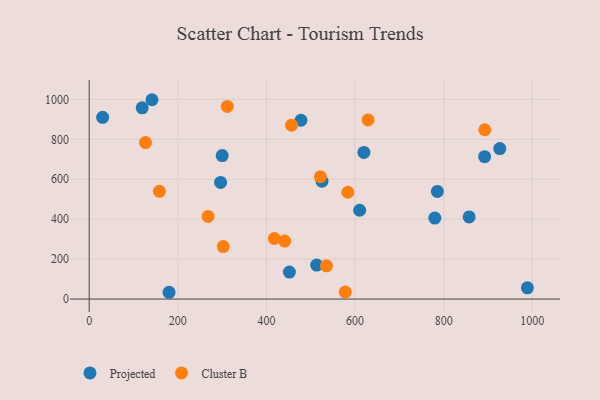
{"axis": {"x": "Speed", "y": "Rating"}, "legend": ["Cluster B", "Projected"], "data": [{"x": "477.9", "y": 895.3, "type": "Projected"}, {"x": "180.2", "y": 34.0, "type": "Projected"}, {"x": "30.3", "y": 910.2, "type": "Projected"}, {"x": "451.8", "y": 135.3, "type": "Projected"}, {"x": "619.9", "y": 734.2, "type": "Projected"}, {"x": "892.3", "y": 713.2, "type": "Projected"}, {"x": "857.4", "y": 411.2, "type": "Projected"}, {"x": "926.6", "y": 753.5, "type": "Projected"}, {"x": "779.9", "y": 405.5, "type": "Projected"}, {"x": "988.8", "y": 56.5, "type": "Projected"}, {"x": "141.7", "y": 998.2, "type": "Projected"}, {"x": "785.7", "y": 539.2, "type": "Projected"}, {"x": "300.1", "y": 718.3, "type": "Projected"}, {"x": "119.6", "y": 957.7, "type": "Projected"}, {"x": "525.3", "y": 590.3, "type": "Projected"}, {"x": "513.3", "y": 170.3, "type": "Projected"}, {"x": "610.4", "y": 444.7, "type": "Projected"}, {"x": "296.5", "y": 583.9, "type": "Projected"}, {"x": "892.7", "y": 847.8, "type": "Cluster B"}, {"x": "456.7", "y": 871.0, "type": "Cluster B"}, {"x": "535.4", "y": 166.2, "type": "Cluster B"}, {"x": "311.7", "y": 964.8, "type": "Cluster B"}, {"x": "127.1", "y": 783.7, "type": "Cluster B"}, {"x": "268.2", "y": 414.0, "type": "Cluster B"}, {"x": "302.5", "y": 262.8, "type": "Cluster B"}, {"x": "441.1", "y": 290.3, "type": "Cluster B"}, {"x": "583.6", "y": 534.8, "type": "Cluster B"}, {"x": "158.5", "y": 539.5, "type": "Cluster B"}, {"x": "521.9", "y": 612.5, "type": "Cluster B"}, {"x": "577.8", "y": 35.0, "type": "Cluster B"}, {"x": "629.3", "y": 897.2, "type": "Cluster B"}, {"x": "417.7", "y": 303.4, "type": "Cluster B"}]}